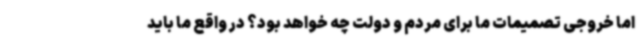
اما خروجی تصمیمات ما برای مردم و دولت چه خواهد بود؟ در واقع ما باید